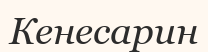
Кенесарин